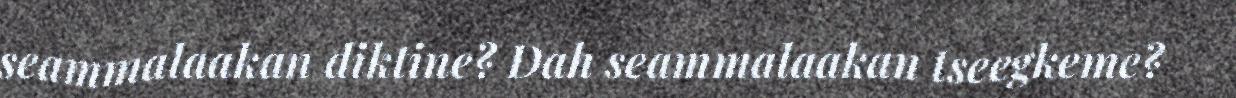
seammalaakan diktine? Dah seammalaakan tseegkeme?